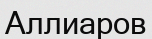
Аллиаров